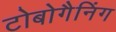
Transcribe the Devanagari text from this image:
टोबोगैनिंग